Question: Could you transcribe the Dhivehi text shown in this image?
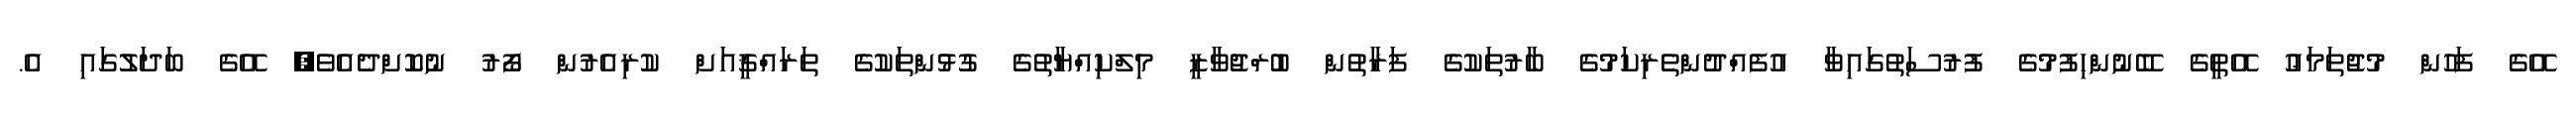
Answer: އޭގެ ފަހުން މުޖުތަމަޢު އޭތީގެ ބޭނުންހިފުމުގެ ފުރުސަތުގައިވާ އުފެއްދުންތެރިކަމުގެ ބާރުތަކުގެ ފަރާތުން ބުރްޖުވާޒީ މިލްކިއްޔާތުގެ ގުޅުންތަކުގެ ތަރައްޤީއަށް ކުރިއެރުން ފޯރު ނުކޮށްދެއެވެ; އޭގެ ބަދަލުގައި އެ.